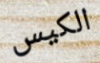
الكيس